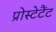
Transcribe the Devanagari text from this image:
प्रोस्टेटैंट